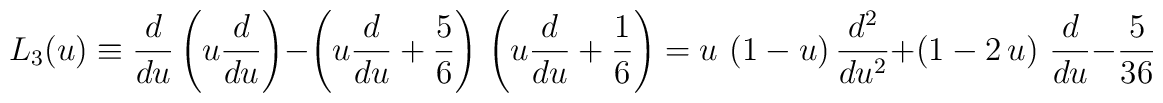
L_3(u) \equiv \frac{d}{du}\left(u\frac{d}{du}\right)-  \left(u\frac{d}{du} +\frac{5}{6}\right)\, \left(u\frac{d}{du} +\frac{1}{6} \right )= u \, \left(1 - u \right) \frac{d^2}{du^2} +\left(1-2 \, u\right)\, \frac{d}{du}  - \frac{5}{36}